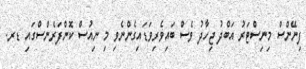
ފިނޭންސް މިނިސްޓަރު އަބްދު ޖިހާދު ވެސް ބައިވެރިވަޑައިގެންނެވި މި ނިއުސް ކޮންފަރެންސްގައި ޑރ.